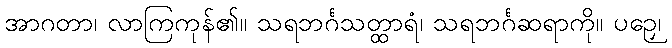
အာဂတာ၊ လာကြကုန်၏။ သရဘင်္ဂသတ္ထာရံ၊ သရဘင်္ဂဆရာကို။ ပဉှေ၊